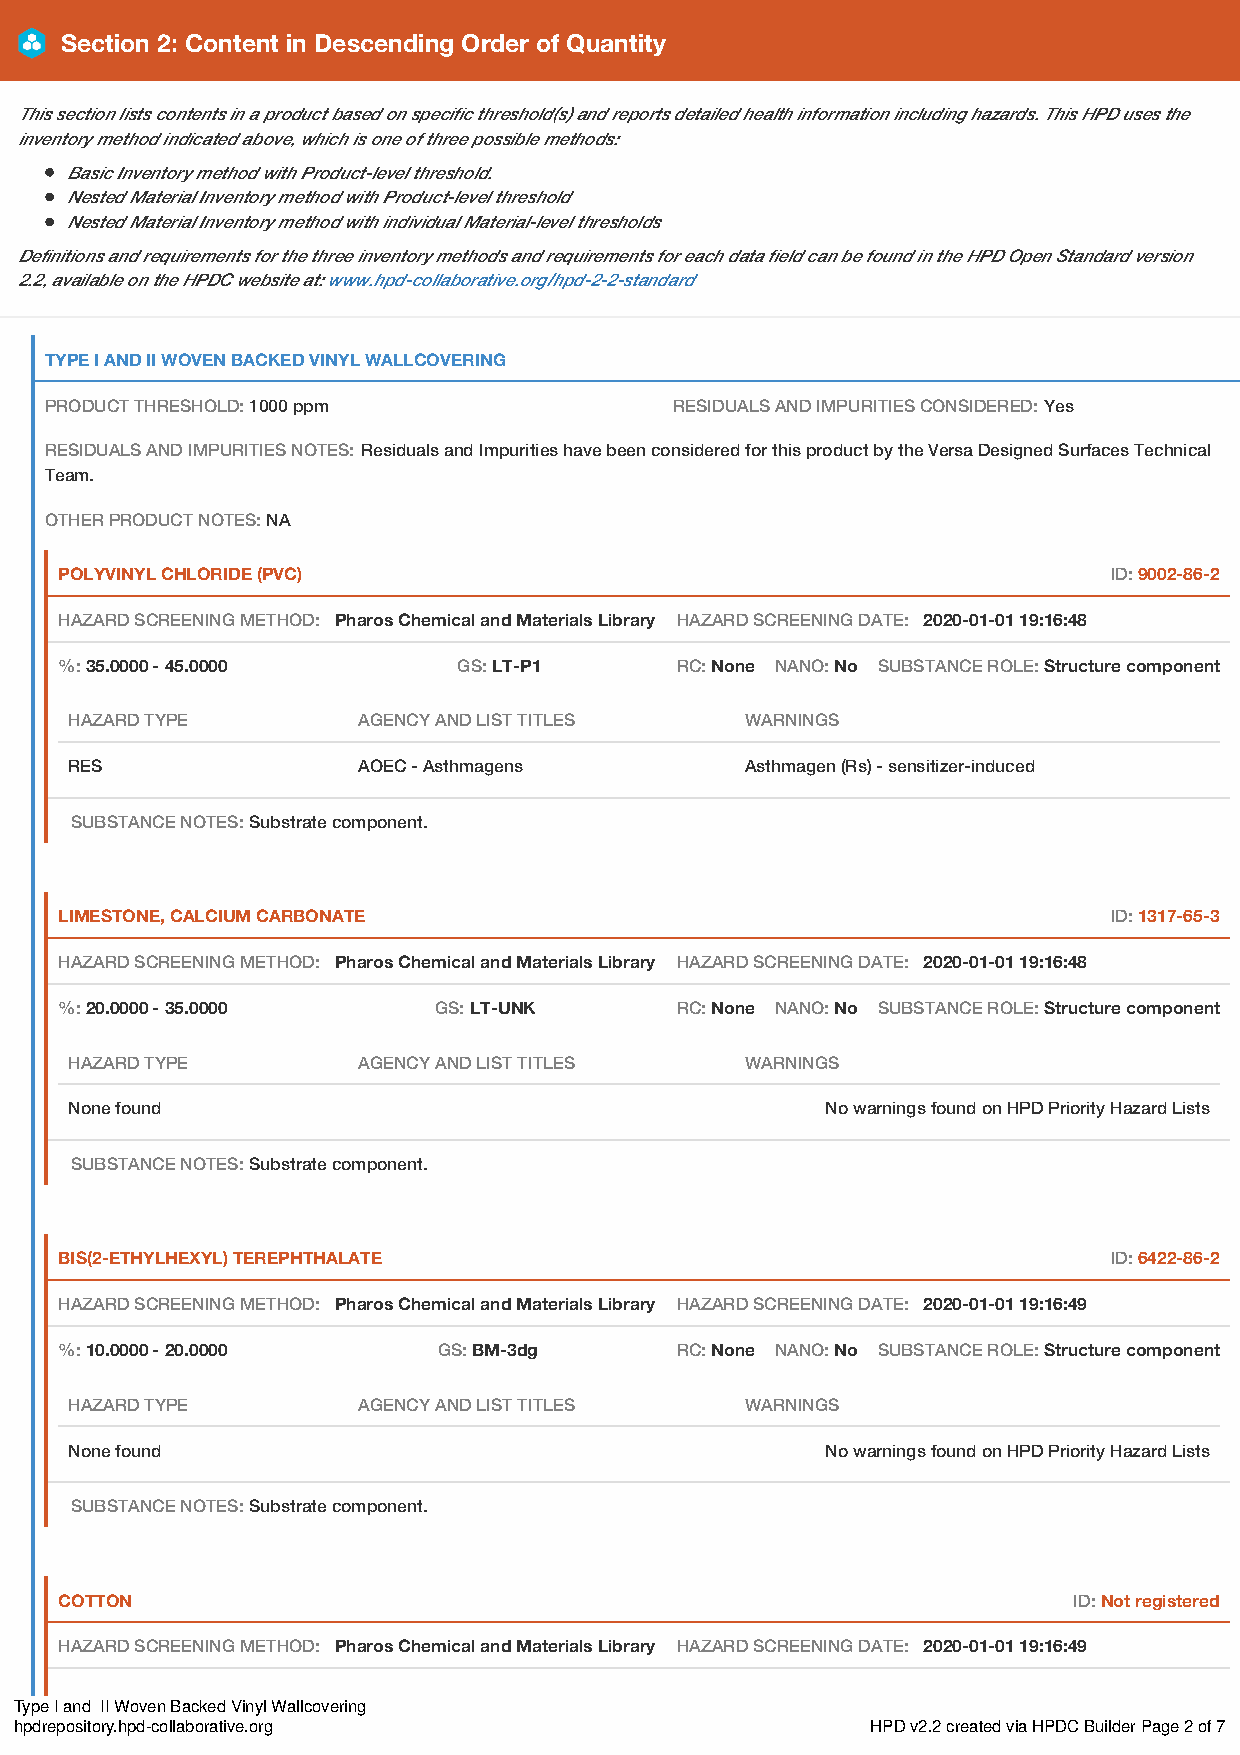
Section 2: Content in Descending Order of Quantity
 This section lists contents in a product based on specific threshold(s) and reports detailed health information including hazards. This HPD uses the
 inventory method indicated above, which is one of three possible methods:
 Basic Inventory method with Product-level threshold.
 Nested Material Inventory method with Product-level threshold
 Nested Material Inventory method with individual Material-level thresholds
 Definitions and requirements for the three inventory methods and requirements for each data field can be found in the HPD Open Standard version
 2.2, available on the HPDC website at: www.hpd-collaborative.org/hpd-2-2-standard
 TYPE I AND II WOVEN BACKED VINYL WALLCOVERING
 PRODUCT THRESHOLD: 1000 ppm               RESIDUALS AND IMPURITIES CONSIDERED: Yes
 RESIDUALS AND IMPURITIES NOTES: Residuals and Impurities have been considered for this product by the Versa Designed Surfaces Technical
 Team.
 OTHER PRODUCT NOTES: NA
 POLYVINYL CHLORIDE (PVC)                                              ID: 9002-86-2
 HAZARD SCREENING METHOD: Pharos Chemical and Materials Library HAZARD SCREENING DATE: 2020-01-01 19:16:48
 %: 35.0000 - 45.0000      GS: LT-P1      RC: None NANO: No SUBSTANCE ROLE: Structure component
 HAZARD TYPE        AGENCY AND LIST TITLES   WARNINGS
 RES                AOEC - Asthmagens        Asthmagen (Rs) - sensitizer-induced
 SUBSTANCE NOTES: Substrate component.
 LIMESTONE, CALCIUM CARBONATE                                          ID: 1317-65-3
 HAZARD SCREENING METHOD: Pharos Chemical and Materials Library HAZARD SCREENING DATE: 2020-01-01 19:16:48
 %: 20.0000 - 35.0000     GS: LT-UNK      RC: None NANO: No SUBSTANCE ROLE: Structure component
 HAZARD TYPE        AGENCY AND LIST TITLES   WARNINGS
 None found                                        No warnings found on HPD Priority Hazard Lists
 SUBSTANCE NOTES: Substrate component.
 BIS(2-ETHYLHEXYL) TEREPHTHALATE                                       ID: 6422-86-2
 HAZARD SCREENING METHOD: Pharos Chemical and Materials Library HAZARD SCREENING DATE: 2020-01-01 19:16:49
 %: 10.0000 - 20.0000     GS: BM-3dg      RC: None NANO: No SUBSTANCE ROLE: Structure component
 HAZARD TYPE        AGENCY AND LIST TITLES   WARNINGS
 None found                                        No warnings found on HPD Priority Hazard Lists
 SUBSTANCE NOTES: Substrate component.
 COTTON                                                             ID: Not registered
 HAZARD SCREENING METHOD: Pharos Chemical and Materials Library HAZARD SCREENING DATE: 2020-01-01 19:16:49
 Type I and II Woven Backed Vinyl Wallcovering
 hpdrepository.hpd-collaborative.org                      HPD v2.2 created via HPDC Builder Page 2 of 7